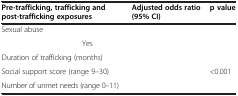
<table><thead><tr><td colspan="2"><b>Pre-trafficking, trafficking and post-trafficking exposures</b></td><td><b>Adjusted odds ratio (95% CI)</b></td><td><b>p value</b></td></tr></thead><tbody><tr><td rowspan="2">Sexual abuse</td><td>[EMPTY_CELL]</td><td>[EMPTY_CELL]</td><td>[EMPTY_CELL]</td></tr><tr><td>Yes</td><td>[EMPTY_CELL]</td><td>[EMPTY_CELL]</td></tr><tr><td colspan="2">Duration of trafficking (months)</td><td>[EMPTY_CELL]</td><td>[EMPTY_CELL]</td></tr><tr><td colspan="2">Social support score (range 9–30)</td><td>[EMPTY_CELL]</td><td>&lt;0.001</td></tr><tr><td colspan="2">Number of unmet needs (range 0–11)</td><td>[EMPTY_CELL]</td><td>[EMPTY_CELL]</td></tr></tbody></table>